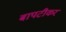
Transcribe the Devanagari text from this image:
बापटीकर